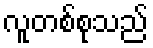
လူတစ်စုသည်